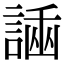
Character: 𧪗